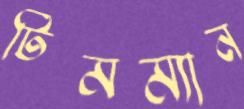
টিমম্যান